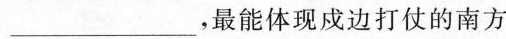
___，最能体现成边打仗的南方